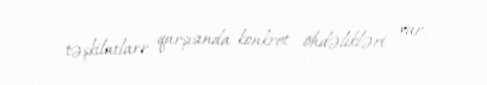
təşkilatlarr qarşısında konkret öhdəlikləri var.